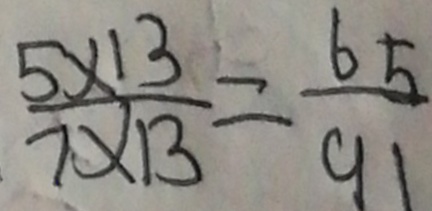
\frac { 5 \times 1 3 } { 7 \times 1 3 } = \frac { 6 5 } { 9 1 }